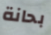
بحانة